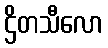
ဌိတသီလော